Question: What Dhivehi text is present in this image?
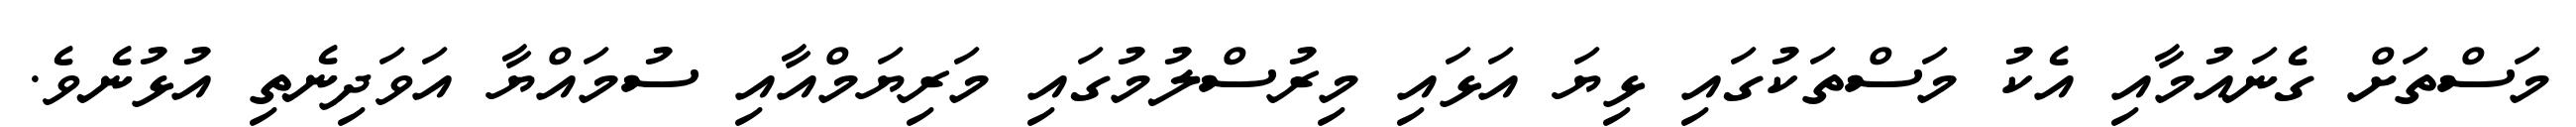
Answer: މަސްތަށް ގެނައުމާއި އެކު މަސްތަކުގައި ޅިޔަ އަޅައި މިރުސްލުމުގައި މަރިޔަމްއާއި ސުމައްޔާ އަވަދިނެތި އުޅުނެވެ.